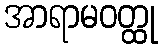
အာရာမဝတ္ထု